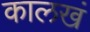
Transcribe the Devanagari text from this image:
कालखं